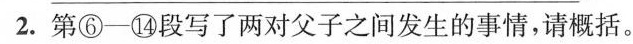
2.第⑥-⑭段写了两对父子之间发生的事情，请概括。